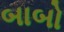
બાબો